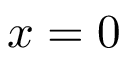
x = 0